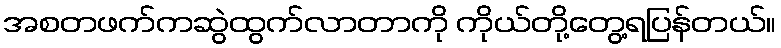
အစတဖက်ကဆွဲထွက်လာတာကို ကိုယ်တို့တွေ့ရပြန်တယ်။